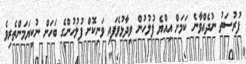
ފުރުސަތު ނުދެއްވާނެ ކަމަށް އިއްޔެ ފުލުހުން ވިދާޅުވެފައި ވަނިކޮށް ފުލުހުންގެ ބަހަށް ނުކިޔަމަންތެރިވެ